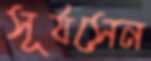
সূর্যসেন